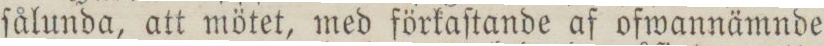
ſålunda, att mötet, med förkaſtande af ofwannämnde